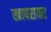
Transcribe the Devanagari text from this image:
खापरावर